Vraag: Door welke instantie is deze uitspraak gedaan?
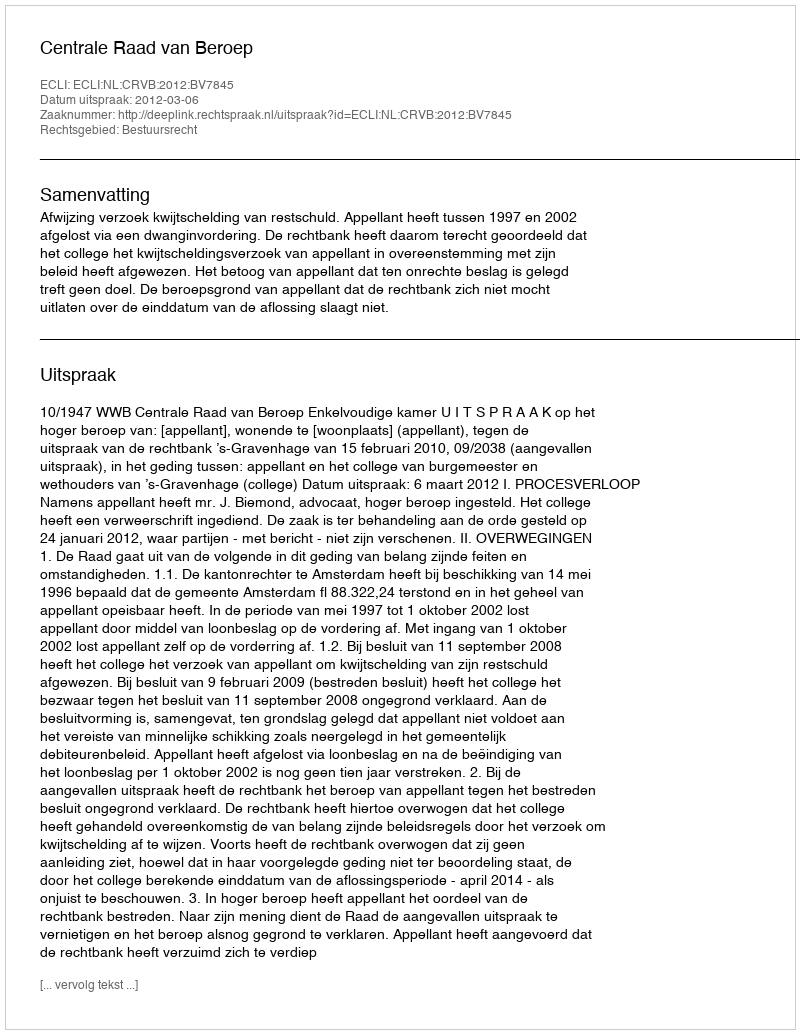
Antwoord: Centrale Raad van Beroep